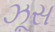
ઝૂસ